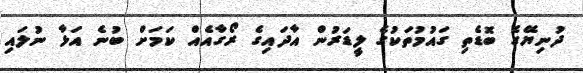
ދުނިޔޭގެ ބޮޑެތި ގައުމުތަކުގެ ލީޑަރުން އާދައިގެ ރޯގާއެއް ކަމަށް ބުނެ އަޅާ ނުލައި